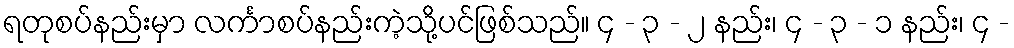
ရတုစပ်နည်းမှာ လင်္ကာစပ်နည်းကဲ့သို့ပင်ဖြစ်သည်။ ၄ - ၃ - ၂ နည်း၊ ၄ - ၃ - ၁ နည်း၊ ၄ -